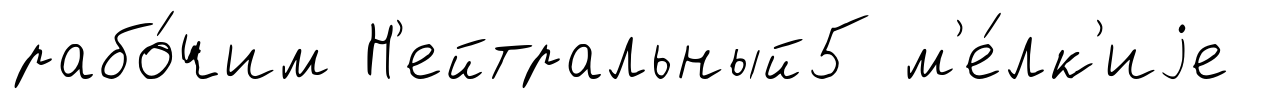
рабо́чим Н'ейтральный5 м'е́лк'иjе